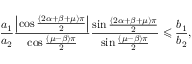
\frac { a _ { 1 } } { a _ { 2 } } \frac { \left\vert \cos \frac { \left( 2 \alpha + \beta + \mu \right) \pi } { 2 } \right\vert } { \cos \frac { \left( \mu - \beta \right) \pi } { 2 } } \frac { \sin \frac { \left( 2 \alpha + \beta + \mu \right) \pi } { 2 } } { \sin \frac { \left( \mu - \beta \right) \pi } { 2 } } \leqslant \frac { b _ { 1 } } { b _ { 2 } } ,